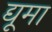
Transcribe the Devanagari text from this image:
द्यूमा